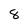
Character: 8